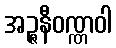
အဉ္ဇနီဝဏ္ဏဝါ